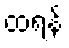
ထရန့်